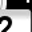
Digit: 2